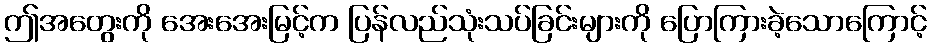
ဤအတွေးကို အေးအေးမြင့်က ပြန်လည်သုံးသပ်ခြင်းများကို ပြောကြားခဲ့သောကြောင့်